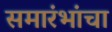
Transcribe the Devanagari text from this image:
समारंभांचा